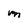
Character: M